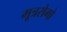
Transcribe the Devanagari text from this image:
मूत्ररोगो